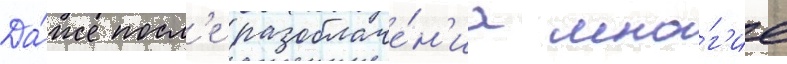
Да́же посл'е разоблаче́н'иа мно́г'ие